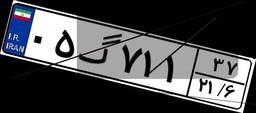
۰۵گ۷۱۱۳۷